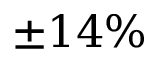
\pm 1 4 \%